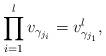
LaTeX: \begin{align*}\prod_{i=1}^l v_{\gamma_{j_i}}=v_{\gamma_{j_1}}^l , \end{align*}